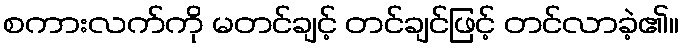
စကားလက်ကို မတင်ချင့် တင်ချင်ဖြင့် တင်လာခဲ့၏။